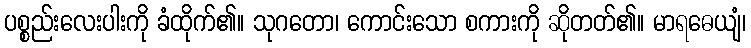
ပစ္စည်းလေးပါးကို ခံထိုက်၏။ သုဂတော၊ ကောင်းသော စကားကို ဆိုတတ်၏။ မာရဓေယျံ၊